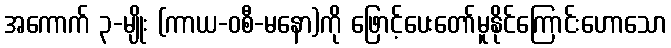
အကောက် ၃-မျိုး (ကာယ-ဝစီ-မနော)ကို ဖြောင့်ပေးတော်မူနိုင်ကြောင်းဟောသော